Report of the Indian Hemp Drugs Commission, 1894-1895 - Volume VI
Year: 1894
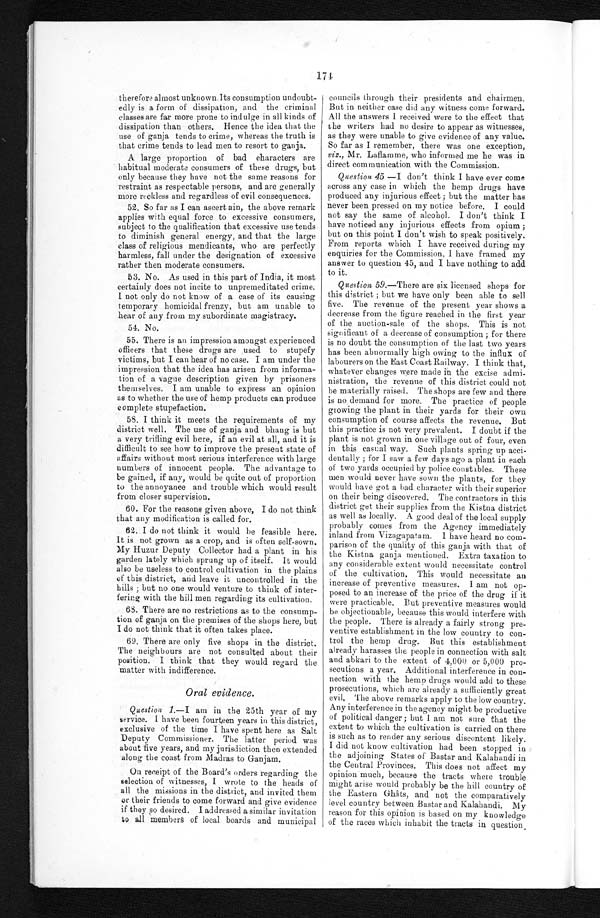
therefore almost unknown.Its consumption undoubt-
edly is a form of dissipation, and the criminal
classes are far more prone to indulge in all kinds of
dissipation than others. Hence the idea that the
use of ganja tends to crime, whereas the truth is
that crime tends to lead men to resort to ganja.
A. large proportion of bad characters are
habitual moderate consumers of these drugs, but
only because they have not the same reasons for
restraint as respectable persons, and are generally
more reckless and regardless of evil consequences.
52. So far as I can ascert ain, the above remark
applies with equal force to excessive consumers,
subject to the qualification that excessive use tends
to diminish general energy, and that the large
class of religious mendicants, who are perfectly
harmless, fall under the designation of excessive
rather then moderate consumers.
53. No. As used in this part of India, it most
certainly does not incite to unpremeditated crime.
I not only do not know of a case of its causing
temporary homicidal frenzy, but am unable to
hear of any from my subordinate magistracy.
54. No.
55. There is an impression amongst experienced
officers that these drugs are used to stupefy
victims, but I can hear of no case. I am under the
impression that the idea has arisen from informa-
tion of a vague description given by prisoners
themselves. I am unable to express an opinion
as to whether the use of hemp products can produce
complete stupefaction.
58. I think it meets the requirements of my
district well. The use of ganja and bhang is but
a very trifling evil here, if an evil at all, and it is
difficult to see how to improve the present state of
affairs without most serious interference with large
numbers of innocent people. The advantage to
be gained, if any, would be quite out of proportion
to the annoyance and trouble which would result
from closer supervision.
60. For the reasons given above, I do not think
that any modification is called for.
62. I do not think it would be feasible here.
It is not grown as a crop, and is often self-sown.
My Huzur Deputy Collector had a plant in his
garden lately which sprung up of itself. It would
also be useless to control cultivation in the plains
of this district, and leave it uncontrolled in the
hills ; but no one would venture to think of inter-
fering with the hill men regarding its cultivation.
6S. There are no restrictions as to the consump-
tion of ganja on the premises of the shops here, but
I do not think that it often takes place.
69. There are only five shops in the district.
The neighbours are not consulted about their
position. I think that they would regard the
matter with indifference.
Oral evidence.
174
councils through their presidents and chairmen.
But in neither case did any witness come forward.
All the answers I received were to the effect that
the writers had no desire to appear as witnesses,
as they were unable to give evidence of any value.
So far as I remember, there was one exception,
viz., Mr. Laflamme, who informed me he was in
direct communication with the Commission.
Question 45 —I don't think I have ever come
across any case in which the hemp drugs have
produced any injurious effect ; but the matter has
never been pressed on my notice before. I could
not say the same of alcohol. I don't think I
have noticed any injurious effects from opium ;
but on this point I don't wish to speak positively.
From reports which I have received during my
enquiries for the Commission, I have framed my
answer to question 45, and I have nothing to add
to it.
Question 59.—There are six licensed shops for
this district ; but we have only been able to sell
five. The revenue of the present year shows a
decrease from the figure reached in the first year
of the auction-sale of the shops. This is not
significant of a decrease of consumption ; for there
is no doubt the consumption of the last two years
has been abnormally high owing to the influx of
labourers on the East Coast Railway. I think that,
whatever changes were made in the excise admi-
nistration, the revenue of this district could not
be materially raised. The shops are few and there
is no demand for more. The practice of people
growing the plant in their yards for their own
consumption of course affects the revenue. But
this practice is not very prevalent. I doubt if the
plant is not grown in one village out of four, even
in this casual way. Such plants spring up acci-
dentally ; for I saw a few days ago a plant in each
of two yards occupied by police constables. These
men would never have sown the plants, for they
would have got a had character with their superior
on their being discovered. The contractors in this
district get their supplies from the Kistna district
as well as locally. A good deal of the local supply
probably comes from the Agency immediately
inland from Vizagapatam. I have heard no com-
parison of the quality of this ganja with that of
the Kistna ganja mentioned. Extra taxation to
any considerable extent would necessitate control
of the cultivation. This would necessitate an
increase of preventive measures. I am not op-
posed to an increase of the price of the drug if it
were practicable. But preventive measures would
be objectionable, because this would interfere with
the people. There is already a fairly strong pre-
ventive establishment in the low country to con
.
trol the hemp drug. But this establishment
already harasses the people in connection with salt
and abkari to the extent of 4,000 or 5,000 pro-
secutions a year. Additional interference in con-
nection with the hemo drugs would add to these
prosecutions, which are already a sufficiently great
evil. The above remarks apply to the low country.
Any interference in the agency might be productive
Question 1.--
am in the 25th year of my of political danger ; but I am not sure that the
service. I have been fourteen years in this district,
extent to which the cultivation is carried on there
exclusive of the time I have spent here as Salt is such as to render any serious discontent likely.
Deputy Commissioner. The latter period was
I did not know cultivation had been stopped in
about five years, and my jurisdiction then extended the adjoining States of Bastar and Kalahandi in
along the coast from Madras to Ganjam.
the Central Provinces. This does not affect my
On receipt of the Board's orders regarding the opinion much, because the tracts where trouble
selection of witnesses, I wrote to the heads of might arise would probably be the hill country of
all the missions in the district, and invited them the Eastern Ghâts, and not the comparatively
or their friends to come forward and give evidence level country between Bastar and Kalahandi. My
if they so desired, I addressed a similar invitation
reason for this opinion is based on my knowledge
to all members of local boards and municipal
of the races which inhabit the tracts in question